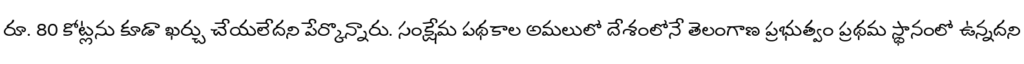
రూ. 80 కోట్లను కూడా ఖర్చు చేయలేదని పేర్కొన్నారు. సంక్షేమ పథకాల అమలులో దేశంలోనే తెలంగాణ ప్రభుత్వం ప్రథమ స్థానంలో ఉన్నదని